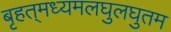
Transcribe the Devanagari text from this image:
बृहत्‌मध्यमलघुलघुतम